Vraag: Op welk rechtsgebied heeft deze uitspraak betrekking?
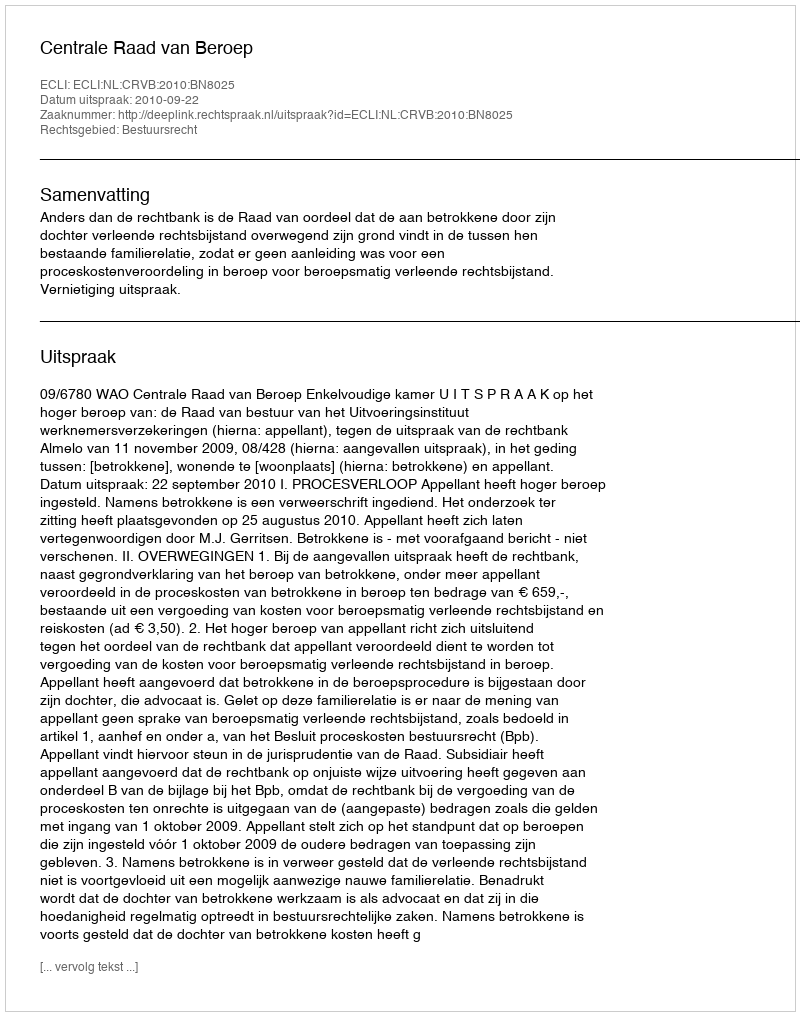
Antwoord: Bestuursrecht